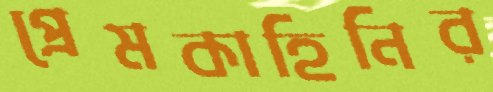
প্রেমকাহিনির